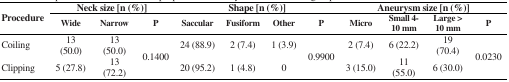
<table><thead><tr><td rowspan="2"><b>Procedure</b></td><td colspan="3"><b>Neck size [n (%)]</b></td><td colspan="4"><b>Shape [n (%)]</b></td><td colspan="4"><b>Aneurysm size [n (%)]</b></td></tr><tr><td><b>Wide</b></td><td><b>Narrow</b></td><td><b>P </b></td><td><b>Saccular</b></td><td><b>Fusiform</b></td><td><b>Other</b></td><td><b>P </b></td><td><b>Micro</b></td><td><b>Small 4-10 mm</b></td><td><b>Large &gt; 10 mm</b></td><td><b>P </b></td></tr></thead><tbody><tr><td>Coiling</td><td>13 (50.0)</td><td>13 (50.0)</td><td rowspan="2">0.1400</td><td>24 (88.9)</td><td>2 (7.4)</td><td>1 (3.9)</td><td rowspan="2">0.9900</td><td>2 (7.4)</td><td>6 (22.2)</td><td>19 (70.4)</td><td rowspan="2">0.0230</td></tr><tr><td>Clipping</td><td>5 (27.8)</td><td>13 (72.2)</td><td>20 (95.2)</td><td>1 (4.8)</td><td>0</td><td>3 (15.0)</td><td>11 (55.0)</td><td>6 (30.0)</td></tr></tbody></table>